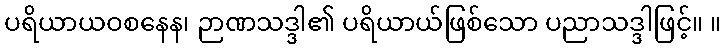
ပရိယာယဝစနေန၊ ဉာဏသဒ္ဒါ၏ ပရိယာယ်ဖြစ်သော ပညာသဒ္ဒါဖြင့်။ ။